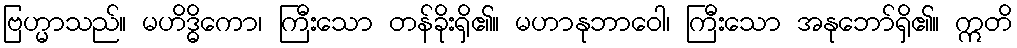
ဗြဟ္မာသည်။ မဟိဒ္ဓိကော၊ ကြီးသော တန်ခိုးရှိ၏။ မဟာနုဘာဝေါ၊ ကြီးသော အနုဘော်ရှိ၏။ ဣတိ